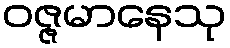
ဝဇ္ဇမာနေသု